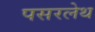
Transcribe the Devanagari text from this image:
पसरलेथ